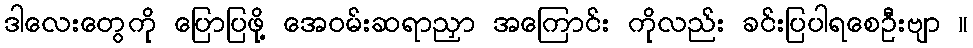
ဒါလေးတွေကို ပြောပြဖို့ အေဝမ်းဆရာညှာ အကြောင်း ကိုလည်း ခင်းပြပါရစေဦးဗျာ ။